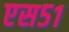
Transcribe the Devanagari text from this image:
एस५१